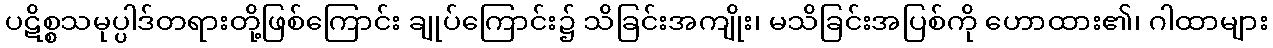
ပဋိစ္စသမုပ္ပါဒ်တရားတို့ဖြစ်ကြောင်း ချုပ်ကြောင်း၌ သိခြင်းအကျိုး၊ မသိခြင်းအပြစ်ကို ဟောထား၏၊ ဂါထာများ